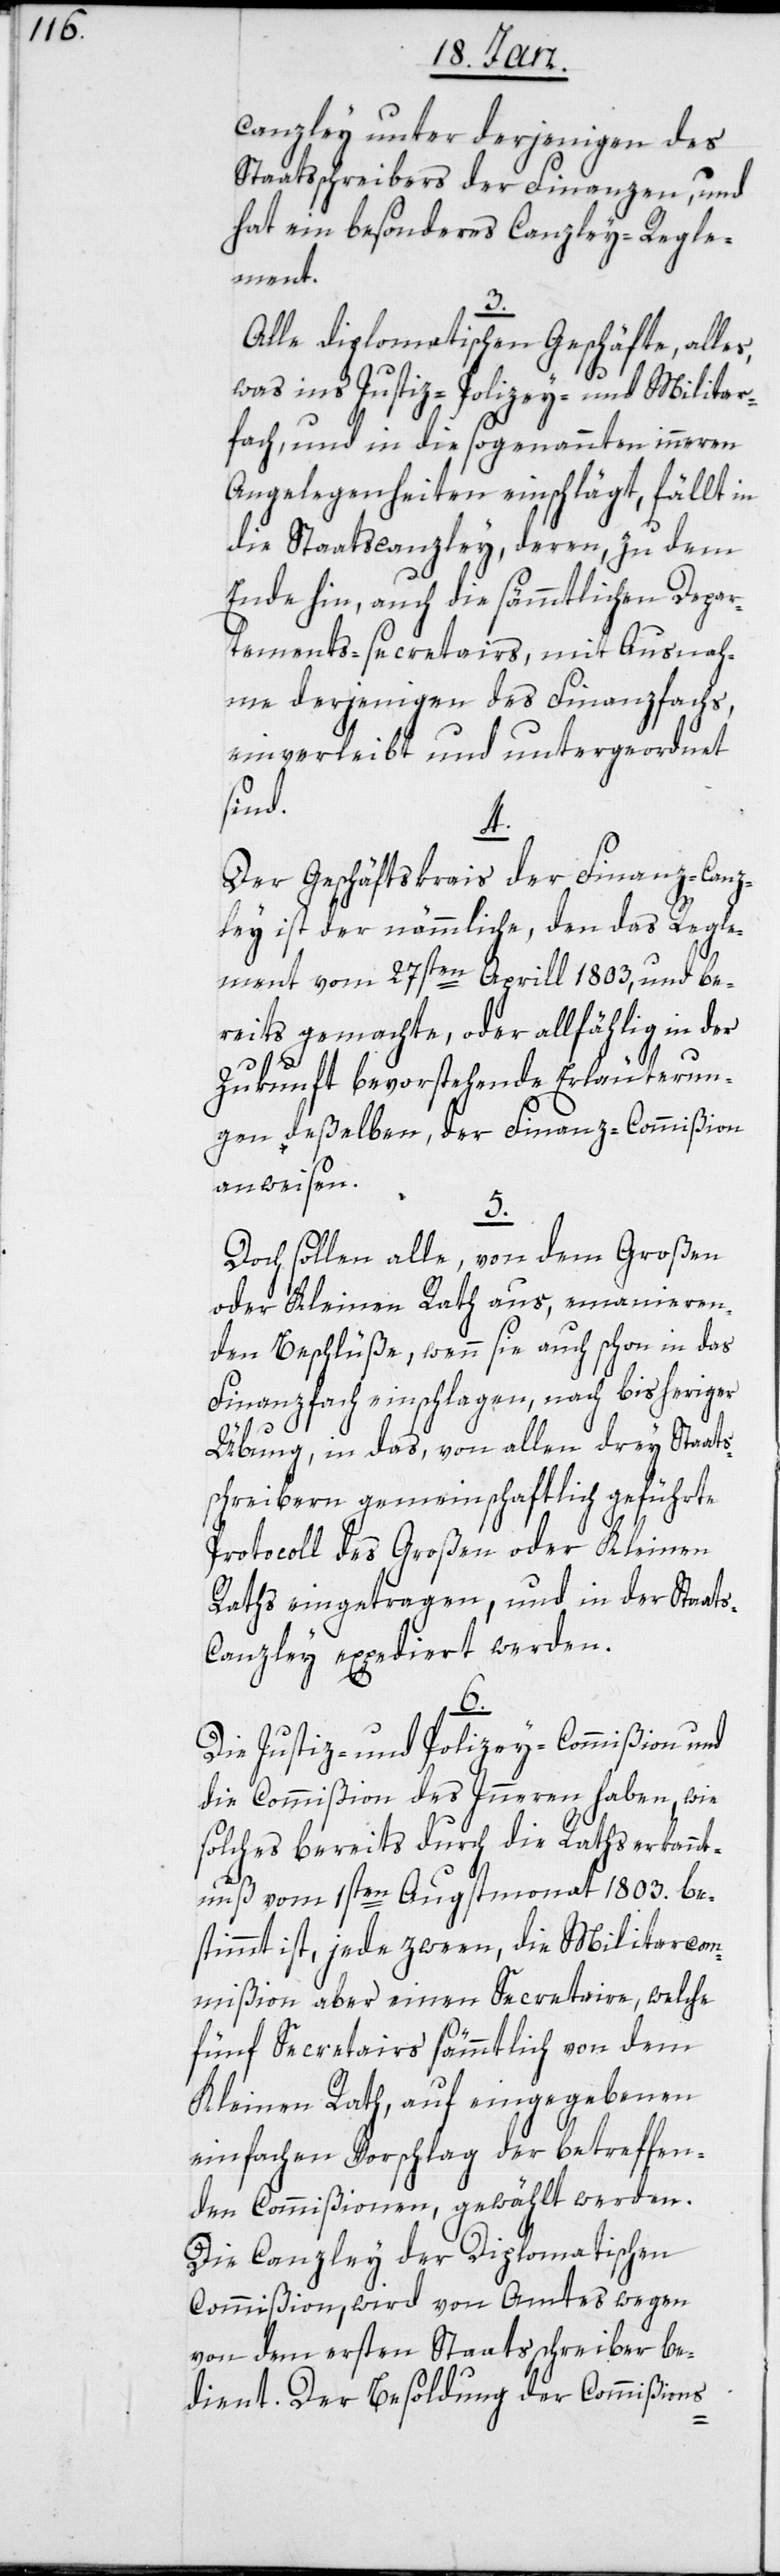
Canzley unter derjenigen des
Staatsschreibers der Finanzen, und
hat ein besonderes Canzley-Regle¬
ment.
3.
Alle diplomatischen Geschäfte, alles,
was ins Justiz-, Polizey- und Militar¬
fach, und in die sogenannten inneren
Angelegenheiten einschlägt, fällt in
die Staatscanzley, deren, zu dem
Ende hin, auch die sämmtlichen Depar¬
tements-secretairs, mit Ausnah¬
me derjenigen des Finanzfachs,
einverleibt und untergeordnet
sind.
4.
Der Geschäftskrais der Finanz-Canz¬
ley ist der nämmliche, den das Regle¬
ment vom 27sten Aprill 1803, und be¬
reits gemachte, oder allfählig in der
Zukunft bevorstehende Erläuterun¬
gen deßelben, der Finanz-Commißion
anweisen.
5.
Doch sollen alle, von dem Großen
oder Kleinen Rath aus, emanieren¬
den Beschlüße, wenn sie auch schon in das
Finanzfach einschlagen, nach bisheriger
Übung, in das, von allen drey Staats¬
schreibern gemeinschaftlich geführte
Protocoll des Großen oder Kleinen
Raths eingetragen, und in der Staat¬
s-Canzley expediert werden.
6.
Die Justiz- und Polizey-Commißion und
die Commißion des Inneren haben, wie
solches bereits durch die Rathserkannt¬
nuß vom 1sten Augstmonat 1803. be¬
stimmt ist, jede zween, die Militarcom¬
mißion aber einen Secretaire, welche
fünf Secretairs sämmtlich von dem
Kleinen Rath, auf eingegebenen
einfachen Vorschlag der betreffen¬
den Commißionen, gewählt werden.
Die Canzley der Diplomatischen
Commißion, wird von Amtes wegen
von dem ersten Staatsschreiber be¬
dient. Der Besoldung der Commißions-